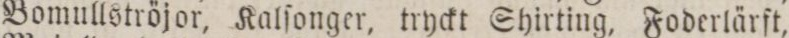
Bomullströjor, Kalſonger, tryckt Shirting, Foderlärſt,